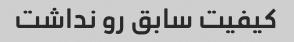
کیفیت سابق رو نداشت